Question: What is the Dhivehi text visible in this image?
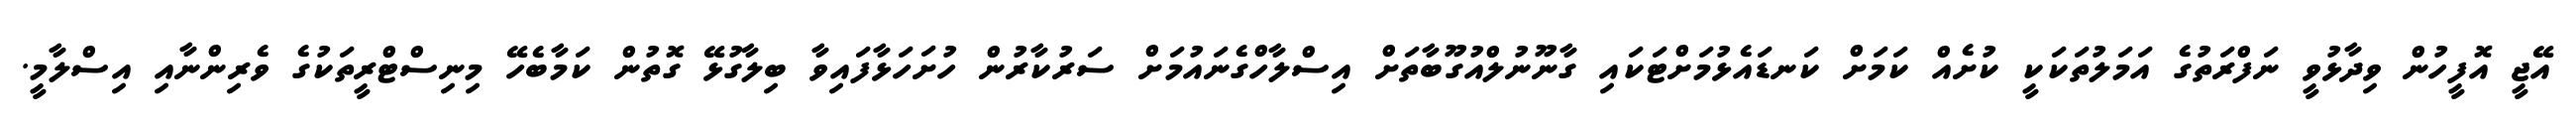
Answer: އޭޖީ އޮފީހުން ވިދާޅުވީ ނަފްރަތުގެ އަމަލުތަކަކީ ކުށެއް ކަމަށް ކަނޑައެޅުމަށްޓަކައި ގާނޫނުލްއުގޫބާތަށް އިސްލާހްގެނައުމަށް ސަރުކާރުން ހުށަހަޅާފައިވާ ބިލާގުޅޭ ގޮތުން ކަމާބެހޭ މިނިސްޓްރީތަކުގެ ވެރިންނާއި އިސްލާމީ.